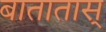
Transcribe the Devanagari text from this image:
बातातास्